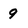
Character: 9